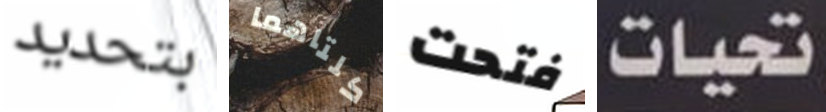
بتحديد كلتاهما فتحت تحيات